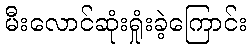
မီးလောင်ဆုံးရှုံးခဲ့ကြောင်း